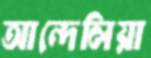
আন্দেলিয়া